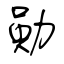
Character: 勛